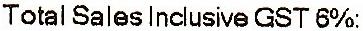
TOTAL SALES INCLUSIVE GST 6%: